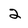
Character: 2